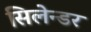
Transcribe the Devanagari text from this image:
सिलेन्डर